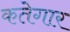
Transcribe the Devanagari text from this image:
कतेगार